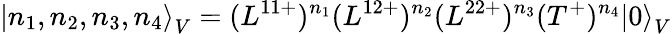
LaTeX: {\left|n_{1},n_{2},n_{3},n_{4}\right\rangle}_{V}=(L^{11+})^{n_{1}}(L^{12+})^{n_{2}}(L^{22+})^{n_{3}}(T^{+})^{n_{4}}{|0\rangle}_{V}